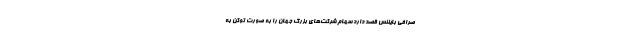
صرافی بایننس قصد دارد سهام شرکت‌های بزرگ جهان را به صورت توکن‌ به